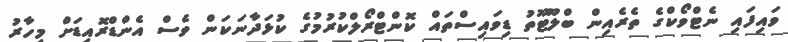
ވައިފައި ނެޓްވޯކްގެ ތެރެއިން ބްލޫޓޫތު ޑިވައިސްތައް ކޮންޓްރޯލްކުރުމުގެ ކުޅަދާނަކަން ވެސް އެންޑްރޮއިޑަށް މިހާރު